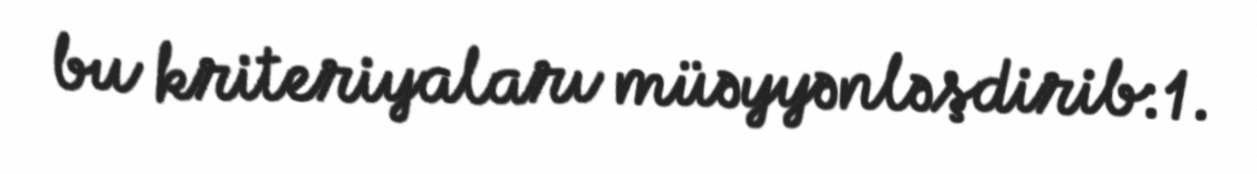
bu kriteriyaları müəyyənləşdirib:1.